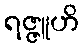
ရဇ္ဇူဟိ